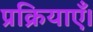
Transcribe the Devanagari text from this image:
प्रक्रियाएँ।